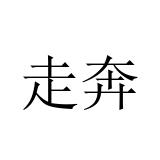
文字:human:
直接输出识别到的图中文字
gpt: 走奔